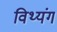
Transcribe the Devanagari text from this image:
विथ्यंग